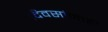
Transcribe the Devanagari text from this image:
दिवसांनाही